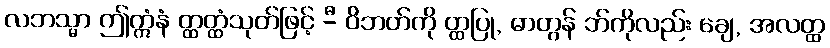
လဘသ္မာ ဤဣံနံ တ္ထတ္ထံသုတ်ဖြင့် -ီ ဝိဘတ်ကို တ္ထပြု, ဓာတွန် ဘ်ကိုလည်း ချေ, အလတ္ထ